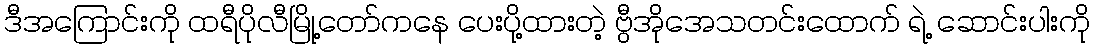
ဒီအကြောင်းကို ထရီပိုလီမြို့တော်ကနေ ပေးပို့ထားတဲ့ ဗွီအိုအေသတင်းထောက် ရဲ့ ဆောင်းပါးကို